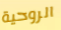
الروحية